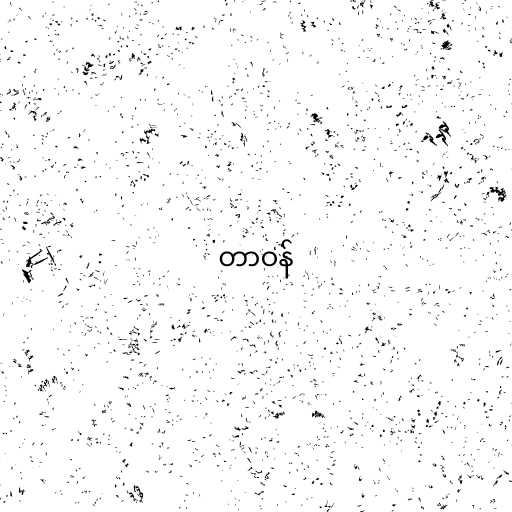
တာဝန်